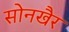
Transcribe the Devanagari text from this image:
सोनखैर